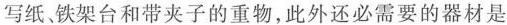
写纸、铁架台和带夹子的重物，此外还必需要的器材是